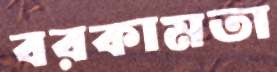
বরকামতা